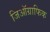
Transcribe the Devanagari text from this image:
जिऑग्राफिक